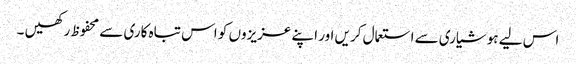
اس لیے ہوشیاری سے استعمال کریں اور اپنے عزیزوں کو اس تباہ کاری سے محفوظ رکھیں ۔